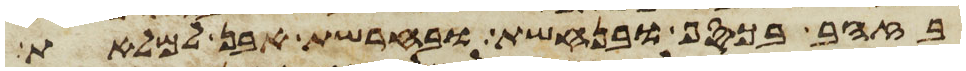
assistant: בזהב ובכסף ובנחשת ובחרשת אבן למלאת